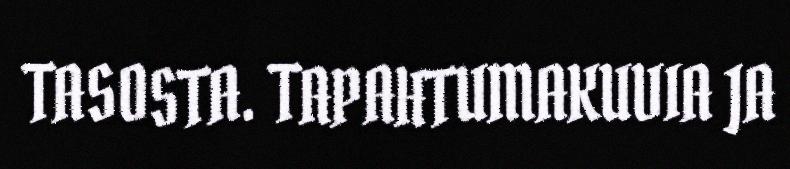
TASOSTA. TAPAHTUMAKUVIA JA